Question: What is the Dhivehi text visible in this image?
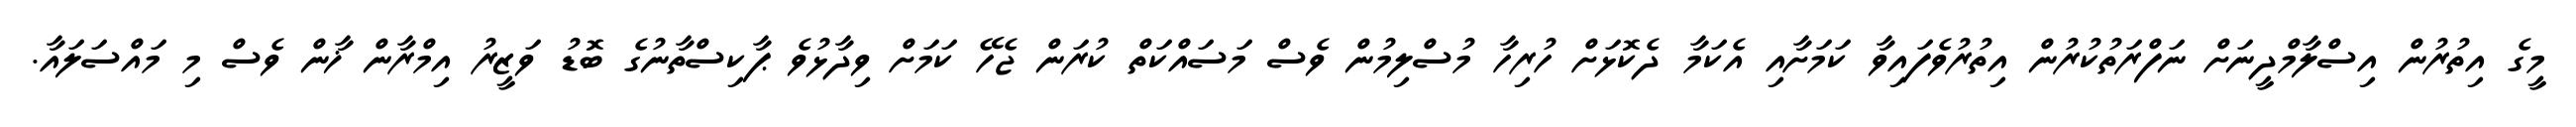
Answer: މީގެ އިތުރުން އިސްލާމްދީނަށް ނަފްރަތުކުރުން އިތުރުވެފައިވާ ކަމަށާއި އެކަމާ ދެކޮޅަށް ހުރިހާ މުސްލިމުން ވެސް މަސައްކަތް ކުރަން ޖެހޭ ކަމަށް ވިދާޅުވެ ޕާކިސްތާނުގެ ބޮޑު ވަޒީރު އިމްރާން ޚާން ވެސް މި މައްސަލައާ.